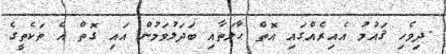
.ދިވެހި ޤައުމު އެއިރެއްގައި އޮތް ޙާލަތާއި ބަދަލުވަމުން އައި ގޮތް އެ ތަކެތީގެ